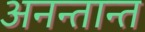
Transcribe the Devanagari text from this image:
अनन्तान्त